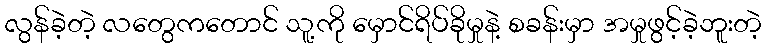
လွန်ခဲ့တဲ့ လတွေကတောင် သူ့ကို မှောင်ရိပ်ခိုမှုနဲ့ စခန်းမှာ အမှုဖွင့်ခဲ့ဘူးတဲ့